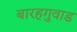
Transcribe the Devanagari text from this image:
बारहगुवाड